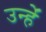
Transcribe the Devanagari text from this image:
उन्हेंं